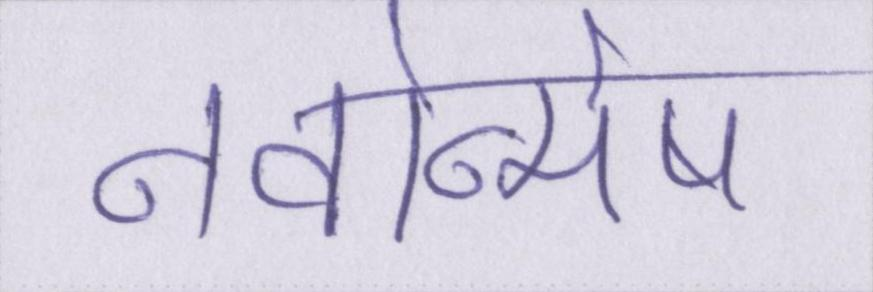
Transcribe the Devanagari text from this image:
नवोन्मेष